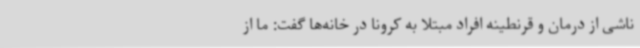
ناشی از درمان و قرنطینه افراد مبتلا به کرونا در خانه‌ها گفت: ما از